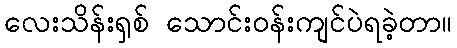
လေးသိန်းရှစ် သောင်းဝန်းကျင်ပဲရခဲ့တာ။